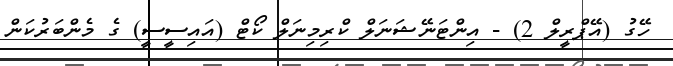
ހޭގު (އޭޕްރީލް 2) - އިންޓަނޭޝަަނަލް ކްރިމިނަލް ކޯޓް (އައިސީސީ) ގެ މެންބަރުކަން